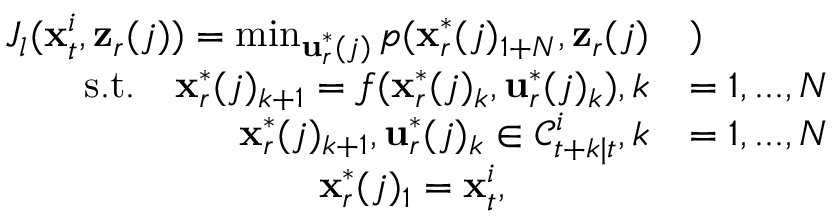
\begin{array} { r l } { J _ { l } ( \mathbf { x } _ { t } ^ { i } , \mathbf { z } _ { r } ( j ) ) = \operatorname* { m i n } _ { { \mathbf { u } } _ { r } ^ { * } ( j ) } p ( \mathbf { x } _ { r } ^ { * } ( j ) _ { 1 + N } , \mathbf { z } _ { r } ( j ) } & { ) } \\ { \mathrm { s . t . } \quad \mathbf { x } _ { r } ^ { * } ( j ) _ { k + 1 } = f ( \mathbf { x } _ { r } ^ { * } ( j ) _ { k } , \mathbf { u } _ { r } ^ { * } ( j ) _ { k } ) , k } & { = 1 , . . . , N } \\ { \mathbf { x } _ { r } ^ { * } ( j ) _ { k + 1 } , \mathbf { u } _ { r } ^ { * } ( j ) _ { k } \in \mathcal { C } _ { t + k | t } ^ { i } , k } & { = 1 , . . . , N } \\ { \mathbf { x } _ { r } ^ { * } ( j ) _ { 1 } = \mathbf { x } _ { t } ^ { i } , ~ ~ ~ ~ ~ ~ ~ ~ ~ ~ ~ } & { } \end{array}